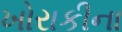
ખોરાકીના